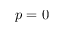
p = 0